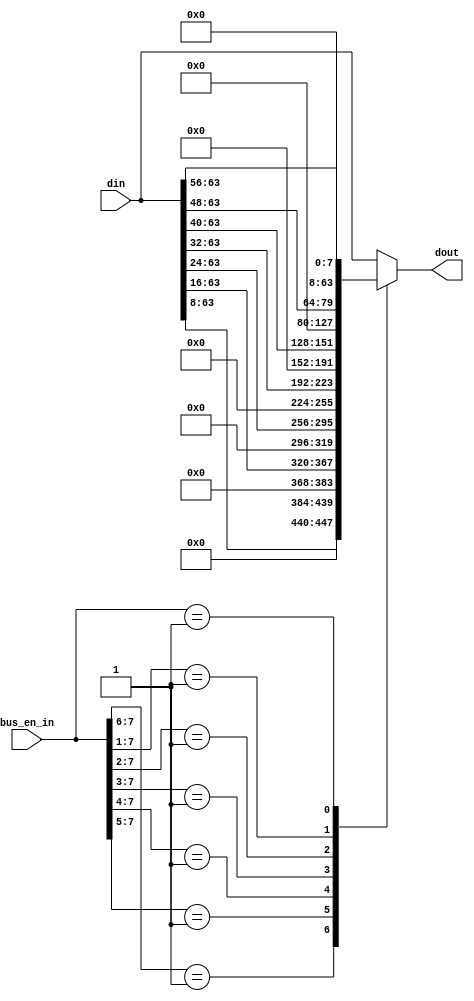
module dabus_invert
(
    input    wire [7:0]    bus_en_in,
    input    wire [63:0]   din,
    output   reg  [63:0]   dout
);

  always@*            
       casex(bus_en_in)                                                          
           8'b1???_????: dout    =    din;                          
           8'b01??_????: dout    =    {8'b0,  din[63:8]};                          
           8'b001?_????: dout    =    {16'b0, din[63:16]};                          
           8'b0001_????: dout    =    {24'b0, din[63:24]};                          
           8'b0000_1???: dout    =    {32'b0, din[63:32]};                          
           8'b0000_01??: dout    =    {40'b0, din[63:40]};                          
           8'b0000_001?: dout    =    {48'b0, din[63:48]};         
	       8'b0000_0001: dout    =    {56'b0, din[63:56]};
	       default:      dout    =    din; 
       endcase	
       
endmodule